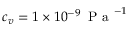
c _ { v } = 1 \times 1 0 ^ { - 9 } \, \mathrm { ~ P ~ a ~ } ^ { - 1 }